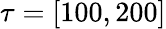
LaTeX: {\tau}=[100,200]